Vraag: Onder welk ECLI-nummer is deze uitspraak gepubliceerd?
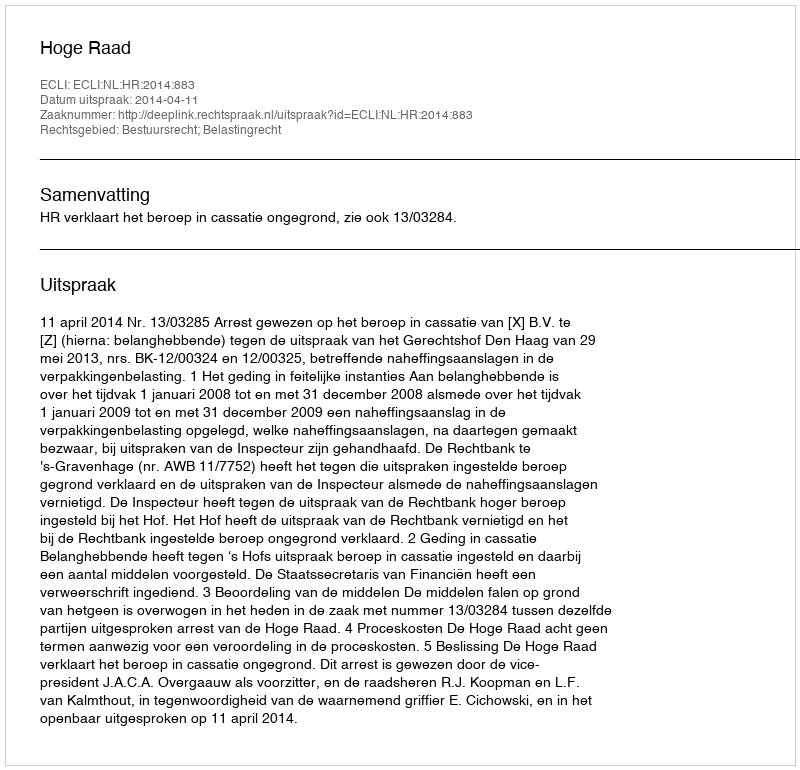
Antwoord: ECLI:NL:HR:2014:883